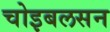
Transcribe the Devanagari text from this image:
चोइबलसन